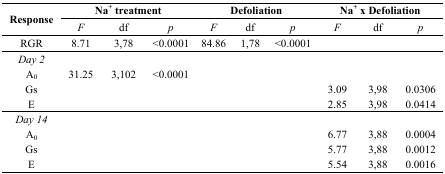
<table><thead><tr><td rowspan="2"><b>Response</b></td><td colspan="3"><b>Na<sup>+</sup> treatment</b></td><td colspan="3"><b>Defoliation</b></td><td colspan="3"><b>Na<sup>+</sup> x Defoliation</b></td></tr><tr><td><b><i>F</i></b></td><td><b>df</b></td><td><b><i>p</i></b></td><td><b><i>F</i></b></td><td><b>df</b></td><td><b><i>p</i></b></td><td><b><i>F</i></b></td><td><b>df</b></td><td><b><i>p</i></b></td></tr></thead><tbody><tr><td>RGR</td><td>8.71</td><td>3,78</td><td>&lt;0.0001</td><td>84.86</td><td>1,78</td><td>&lt;0.0001</td><td></td><td></td><td></td></tr><tr><td><i>Day 2</i></td><td></td><td></td><td></td><td></td><td></td><td></td><td></td><td></td><td></td></tr><tr><td>A<sub>0</sub></td><td>31.25</td><td>3,102</td><td>&lt;0.0001</td><td></td><td></td><td></td><td></td><td></td><td></td></tr><tr><td>Gs</td><td></td><td></td><td></td><td></td><td></td><td></td><td>3.09</td><td>3,98</td><td>0.0306</td></tr><tr><td>E</td><td></td><td></td><td></td><td></td><td></td><td></td><td>2.85</td><td>3,98</td><td>0.0414</td></tr><tr><td><i>Day 14</i></td><td></td><td></td><td></td><td></td><td></td><td></td><td></td><td></td><td></td></tr><tr><td>A<sub>0</sub></td><td></td><td></td><td></td><td></td><td></td><td></td><td>6.77</td><td>3,88</td><td>0.0004</td></tr><tr><td>Gs</td><td></td><td></td><td></td><td></td><td></td><td></td><td>5.77</td><td>3,88</td><td>0.0012</td></tr><tr><td>E</td><td></td><td></td><td></td><td></td><td></td><td></td><td>5.54</td><td>3,88</td><td>0.0016</td></tr></tbody></table>